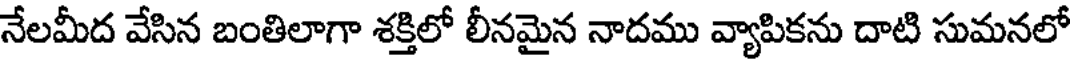
నేలమీద వేసిన బంతిలాగా శక్తిలో లీనమైన నాదము వ్యాపికను దాటి సుమనలో